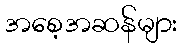
အစေ့အဆန်များ